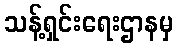
သန့်ရှင်းရေးဌာနမှ